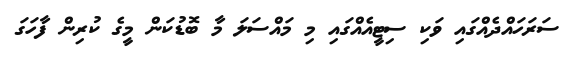
ސަރަހައްދެއްގައި ވަކި ސިޓީއެއްގައި މި މައްސަލަ މާ ބޮޑުކަން މީގެ ކުރިން ފާހަގަ